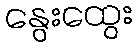
နွေးထွေး